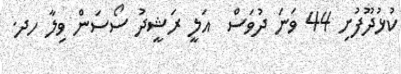
ކުޅުދޫފުށި 44 ވަނަ ދުވަސް  އަލީ ރަޝީދު ސޯސަން ވިލާ ހދ.